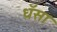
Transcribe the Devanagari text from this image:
धॅसा